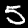
Digit: 5